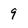
Character: 9